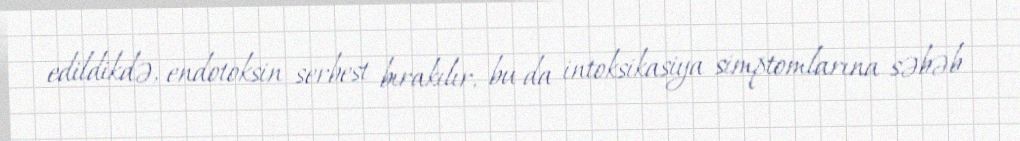
edildikdə, endotoksin serbest bırakılır, bu da intoksikasiya simptomlarına səbəb